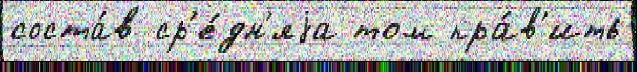
соста́в ср'е́дн'яjа том пра́в'ить